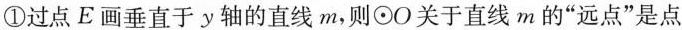
①过点E画垂直于y轴的直线m，则⊙O关于直线m的”远点”是点